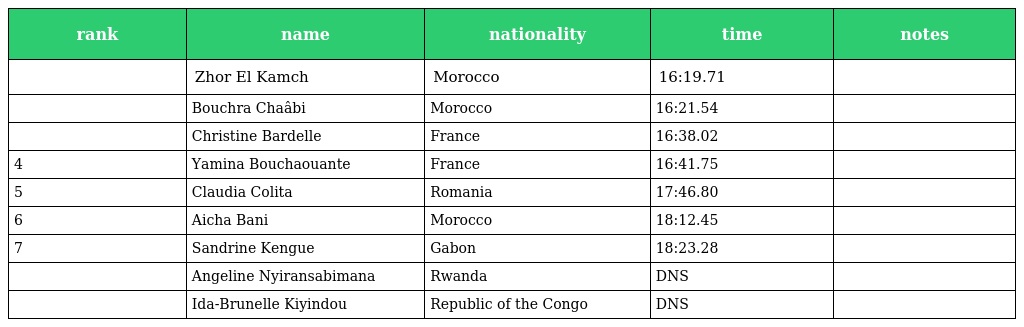
| rank | name | nationality | time | notes |
 | --- | --- | --- | --- | --- |
 |  | Zhor El Kamch | Morocco | 16:19.71 |  |
 |  | Bouchra Chaâbi | Morocco | 16:21.54 |  |
 |  | Christine Bardelle | France | 16:38.02 |  |
 | 4 | Yamina Bouchaouante | France | 16:41.75 |  |
 | 5 | Claudia Colita | Romania | 17:46.80 |  |
 | 6 | Aicha Bani | Morocco | 18:12.45 |  |
 | 7 | Sandrine Kengue | Gabon | 18:23.28 |  |
 |  | Angeline Nyiransabimana | Rwanda | DNS |  |
 |  | Ida-Brunelle Kiyindou | Republic of the Congo | DNS |  |